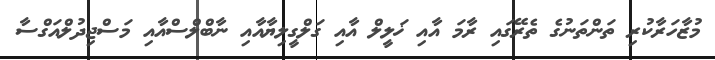
މުޒާހަރާކުރި ތަންތަނުގެ ތެރޭގައި ރާމަ އާއި ޚަލީލް އާއި ގަލްގީލިޔާއާއި ނާބްލްސްއާއި މަސްޖިދުލްއަގްސާ